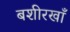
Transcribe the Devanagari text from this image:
बशीरखाँ